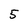
Character: 5